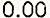
0.00